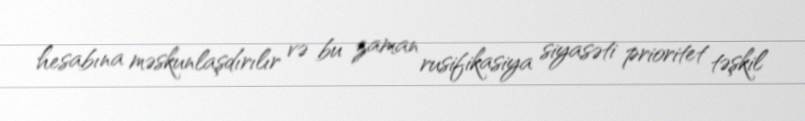
hesabına məskunlaşdırılır və bu zaman rusifikasiya siyasəti prioritet təşkil